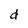
Character: d